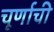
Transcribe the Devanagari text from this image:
चूर्णाची